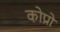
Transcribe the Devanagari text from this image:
कोप्रो